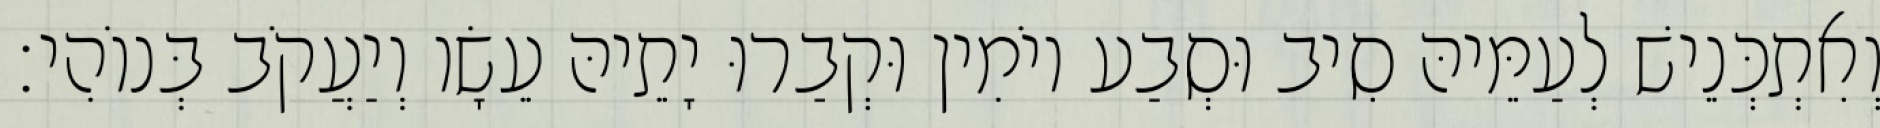
וְאִתְכְּנֵישׁ לְעַמֵּיהּ סִיב וּסְבַע יוֹמִין וּקְבַרוּ יָתֵיהּ עֵשָׂו וְיַעֲקֹב בְּנוֹהִי׃